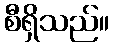
စီရှိသည်။